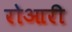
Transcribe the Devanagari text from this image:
रोआरी